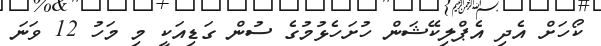
ކޯހަށް އެދި އެޕްލިކޭޝަން ހުށަހެޅުމުގެ ސުން ގަޑިއަކީ މި މަހު 12 ވަނަ